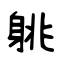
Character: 䠷